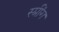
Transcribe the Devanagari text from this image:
स्प्रींग